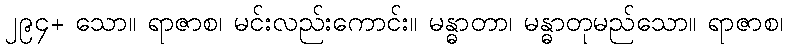
၂၉၄+ သော။ ရာဇာစ၊ မင်းလည်းကောင်း။ မန္ဓာတာ၊ မန္ဓာတုမည်သော။ ရာဇာစ၊